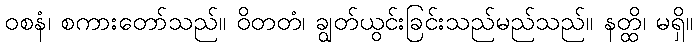
ဝစနံ၊ စကားတော်သည်။ ဝိတတံ၊ ချွတ်ယွင်းခြင်းသည်မည်သည်။ နတ္ထိ၊ မရှိ။